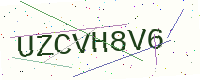
Text: UZCVH8V6